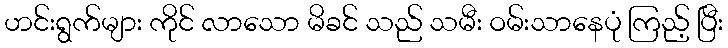
ဟင်းရွက်များ ကိုင် လာသော မိခင် သည် သမီး ဝမ်းသာနေပုံ ကြည့် ပြီး